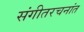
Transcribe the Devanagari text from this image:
संगीतरचनांत